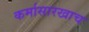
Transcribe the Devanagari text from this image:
कर्मासारखाच